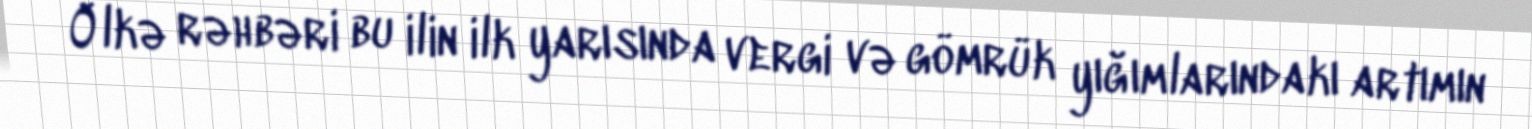
Ölkə rəhbəri bu ilin ilk yarısında vergi və gömrük yığımlarındakı artımın